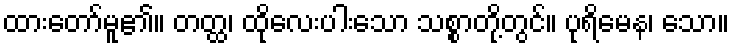
ထားတော်မူ၏။ တတ္ထ၊ ထိုလေးပါးသော သစ္စာတို့တွင်။ ပုရိမေန၊ သော။